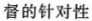
督的针对性